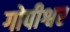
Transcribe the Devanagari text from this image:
गोपीश्वर